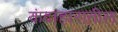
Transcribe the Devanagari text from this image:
कंदाहारातील